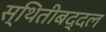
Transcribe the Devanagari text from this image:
स्थितीबद्दल